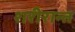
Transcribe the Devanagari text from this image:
शरीरान्त